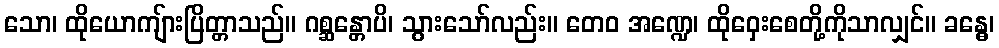
သော၊ ထိုယောကျ်ားပြိတ္တာသည်။ ဂစ္ဆန္တောပိ၊ သွားသော်လည်း။ တေဝ အဏ္ဍေ၊ ထိုဝှေးစေတို့ကိုသာလျှင်။ ခန္ဓေ၊